Lunatic asylums Punjab 1895-1910 - 1895-1910
Year: 1895
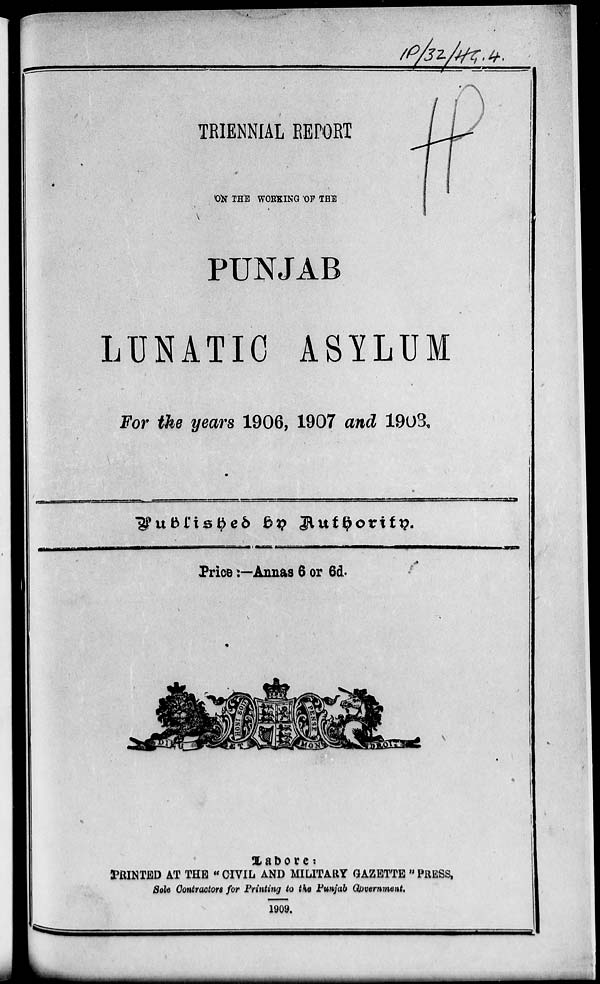
TRIENNIAL REPORT
ON THE WORKING OF THE
PUNJAB
LUNATIC ASYLUM
For the years 1906, 1907 and 1908.
Published by Authority.
Price :—Annas 6 or 6d.
Lahore :
PRINTED AT THE " CIVIL AND MILITARY GAZETTE " PRESS,
Sole Contractors for Printing to the Punjab Government.
1909.